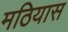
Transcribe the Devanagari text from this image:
मठियास